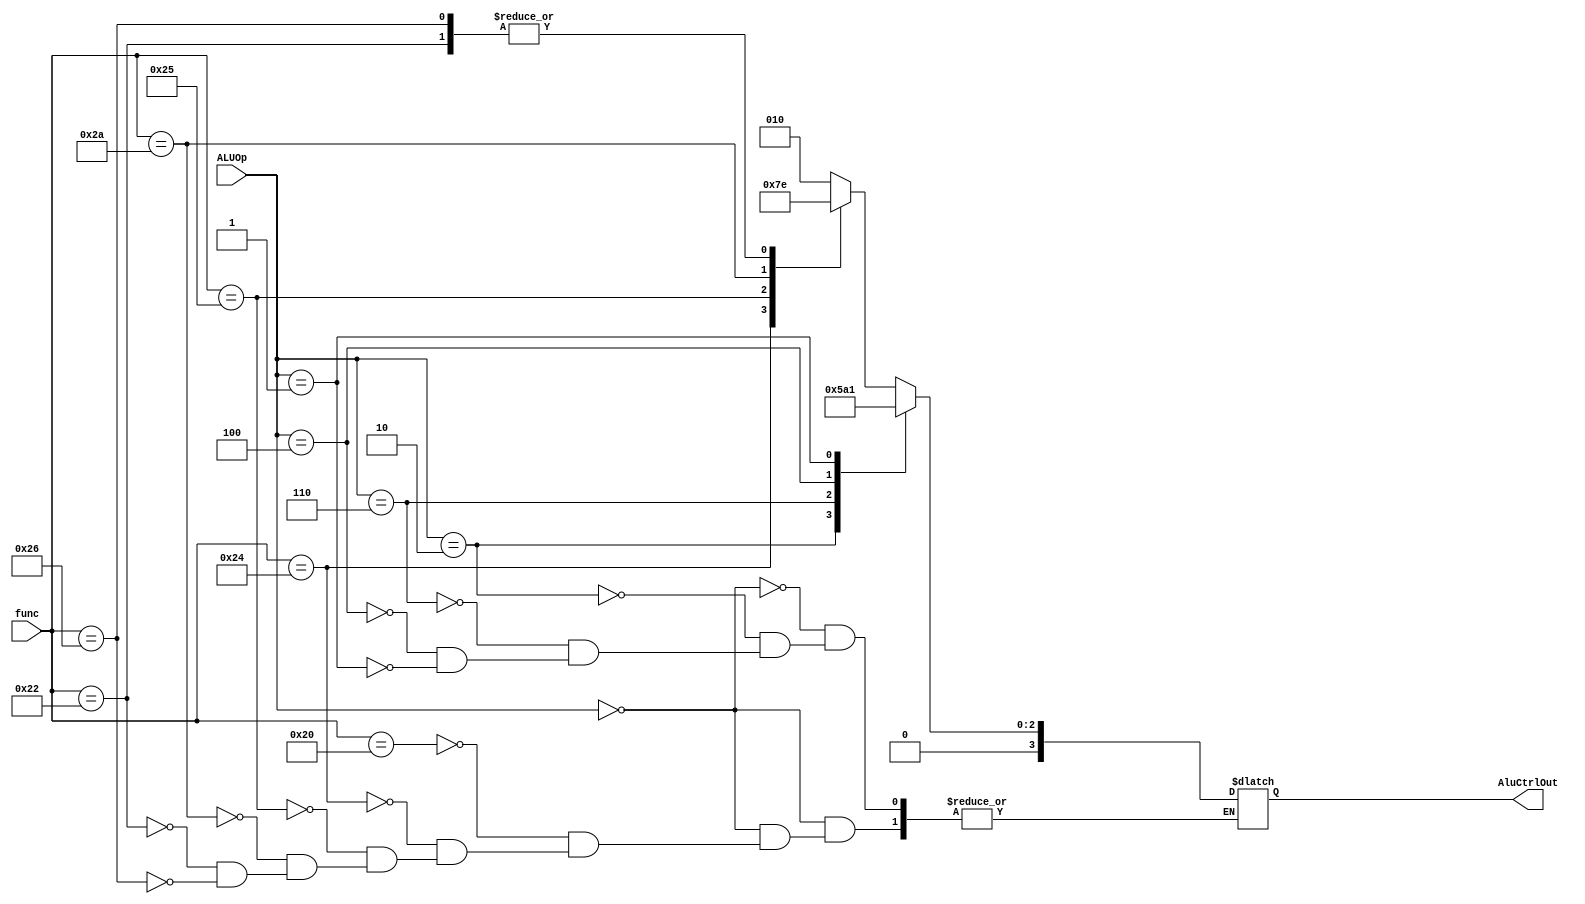
module alu_ctrl (func, ALUOp, AluCtrlOut);

    input [5:0] func;
    input [2:0] ALUOp;

    output reg [3:0] AluCtrlOut;

    always @(*) begin
        case(ALUOp)
            3'b000:
                begin
                    case(func)
                        6'b100000: AluCtrlOut = 4'b0010; //ADD
                        6'b100100: AluCtrlOut = 4'b0000; //AND
                        6'b100101: AluCtrlOut = 4'b0001; //OR
                        6'b101010: AluCtrlOut = 4'b0111; //SLT
                        6'b100010: AluCtrlOut = 4'b0110; //SUB
                        6'b100110: AluCtrlOut = 4'b0110; //XOR
                    endcase
                end

            3'b010: AluCtrlOut = 4'b0010; //ADDI
            3'b010: AluCtrlOut = 4'b0010; //ADDIU
            3'b010: AluCtrlOut = 4'b0010; //LW
            3'b010: AluCtrlOut = 4'b0010; //SW

            3'b110: AluCtrlOut = 4'b0110; //BEQ

            3'b100: AluCtrlOut = 4'b0100; //LUI
            
            3'b001: AluCtrlOut = 4'b0001; //ORI

        endcase
    end

endmodule //aluctrl